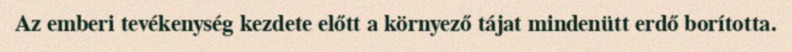
Az emberi tevékenység kezdete előtt a környező tájat mindenütt erdő borította.